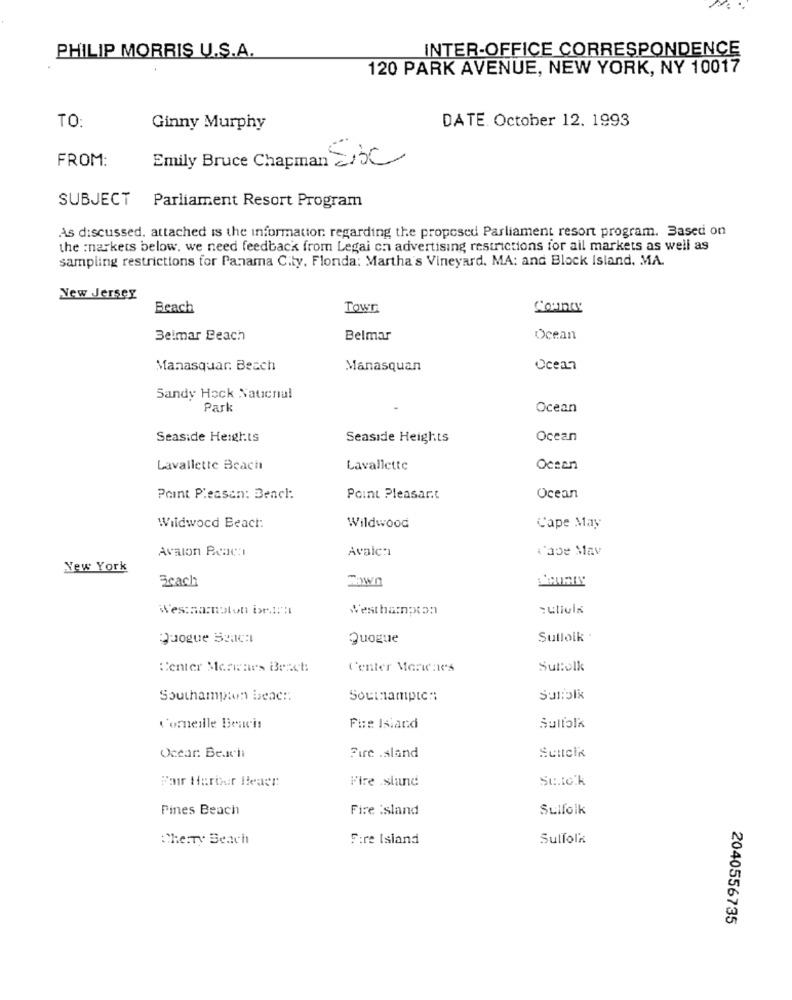
INTER-OFFICE CORRESPONDENCE
PHILIP MORRIS U.S.A.
120 PARK AVENUE, NEW YORK, NY 10017
TO:
DATE. October 12. 1993
Ginny Murphy
FROM:
Emily Bruce Chapman 23C
SUBJECT Parliament Resort Program
As discussed. attached is the information regarding the proposed Parliament resort program. Based on
the :narkets below. we need feedback from Legai cn advertising restrictions for all markets as well as
sampling restrictions for Panama City. Flonda: Martha's Vineyard. MA: and Block Island, . MA.
New Jersey
Beach
Town
County
Beimar Beach
Belmar
Ocean
Manasquar. Beach
Manasquan
Ocean
Sandy Heck Naticnul
Park
Ocean
Seaside Heights
Seaside Heights
Ocean
Lavallette Beach
Lavallette
Ocean
Point Pleasan: Bench:
Point Pleasant
Ocean
Wildwood Beach:
Wildwood
Cape May
Avalon Praca
Avalc:ı
l'abe Mav
New York
Beach
Westsarnoton bram !!!
Westhampton
Quogue Szac:
Quogue
Sulloik :
Center Merenes Beach
Center Morientes
Sultolk
Southampton beac ::
Southampton
Sunblk
Corneille Beavis
Fire Island
Sullolk
Ocear: Beachi
Fire .sland
Se.to.k
Fair Herber Heaen:
Fire .sland
Fines Beach
Fire :sland
Sulfolk
Che:Ty Beach
Fire Island
Sulfolk
2040556735